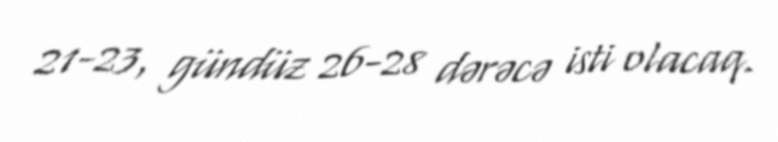
21-23, gündüz 26-28 dərəcə isti olacaq.